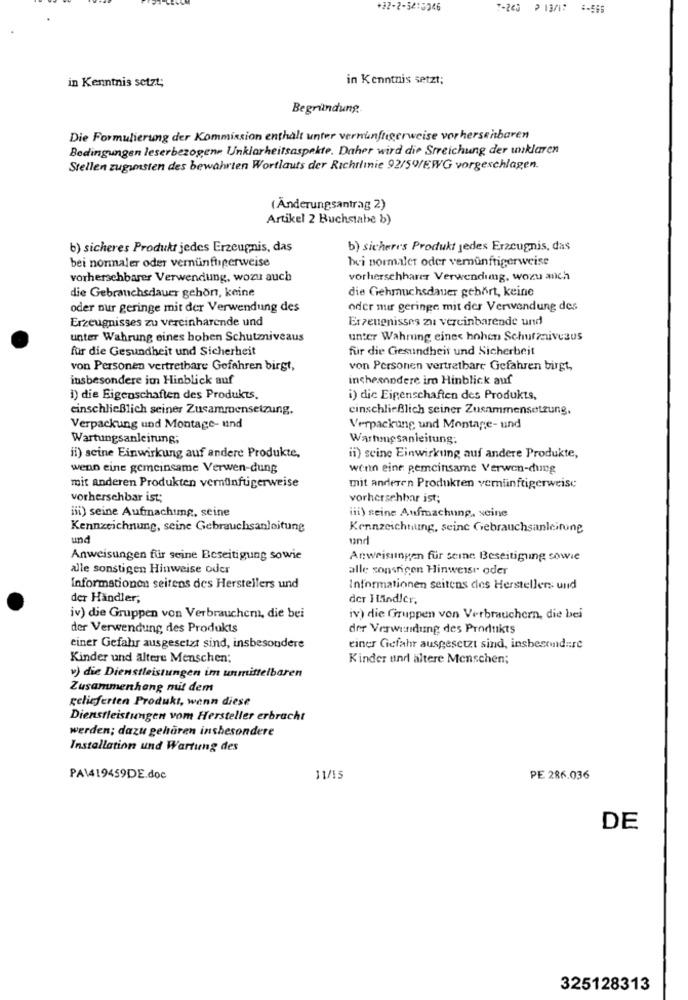
+22-2-3415946
7-240 213/7 -566
in Kenntnis setzt;
in Kenntnis setzt;
Begründung ..
Die Formulierung der Kommission enthält unter vernunftigerweise vorhersehbaren
Bedingungen leserbezogene Unklarheitsaspekte. Daher wird die Streichung der unklaren
Stellen zugunsten des bewährten Wortlauts der Richtlinie 92/50/EWG vorgeschlagen.
( Änderungsantrag 2)
Artikel 2 Buchstabe b)
b) sicheres Produkt jedes Erzeugnis, das
b) sicheres Produkt jedes Erzeugnis, das
bei normaler oder vernünftigerweise
bei normaler oder vernünftigerweise
vorhersehbarer Verwendung, wozu auch
vorherschharer Verwendung, wozu anch
die Gehmuchsdauer gehört, keine
die Gebrauchsdauer gehört, keine
oder nur geringe mit der Verwendung des
oder mir geringe mit der Verwendung des
Erzeugnisses zu vereinharende und
Erzeugnisses zu vereinbarende und
unter Wahrung eines boben Schutzniveaus
unter Wahrung eines hohen Schutzivesus
für die Gesundheit und Sicherheit
für die Gesundheit und Sicherbeit
von Personen vertretbare Gefahren birgt,
von Personen vertretbare Gefahren birgt,
insbesondere im Hinblick auf
inchesandere im Hinblick auf
1) die Eigenschaften des Produkts.
i) die Eigenschaften des Produkts,
einschließlich seiner Zusammensetzung,
einschließlich seiner Zusammensetzung,
Verpackung und Montage- und
Verpackung und Montage- und
Wartungsanleitung;
Warhmesanleitung:
il) seine Einwirkung auf andere Produkte,
ii) seine Einwirkung auf andere Produkte,
wenn eine gemeinsame Verwen-dung
wenn eine gemeinsame Verwen-dung
mit anderen Produkten vernünftigerweise
mit anderen Produkten vernünftigerweise
vorhersehbar ist;
vorhersehbar ist;
iii) seine Aufmachtmg, seine
iii) seine Aufmachung, seine
Kennzeichnung, seine Gebrauchsanleitung
Kennzeichnung, seine Gebrauchsanleitung
und
und
Anweisungen für seine Beseitigung sowie
Anweisungen für seine Beseitigung sowie
alle sonstigen Hinweise oder
alle sonsrigen Hinweise oder
Informationen seitens des Herstellers und
Informationen seitens des Herstellers und
der Händler;
der I LAindler.
iv) die Gruppen von Verbrauchem, die bei
iv) die Gruppen von Verbrauchern, die bei
der Verwendung des Produkts
der Verwendung des Produkts
einer Gefahr ausgesetzt sind, insbesondere
einer Gefahr ausgesetzt sind, insbesondere
Kinder und ältere Menschen;
Kinder und ältere Menschen;
v) die Dienstleistungen im unmittelbaren
Zusammenhang mit dem
gelieferten Produkt, wenn diese
Dienstleistungen vom Hersteller erbracht
werden; dazu gehören insbesondere
Installation und Wartung des
PAW419459DE.doc
11/15
PE 286.036
DE
325128313